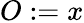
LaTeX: O:=x